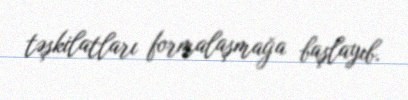
təşkilatları formalaşmağa başlayıb.